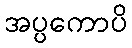
အပ္ပကောပိ